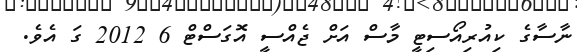
ނާސާގެ ކިއުރިއޯސިޓީ މާސް އަށް ޖެއްސީ އޮގަސްޓް 6 2012 ގަ އެވެ.